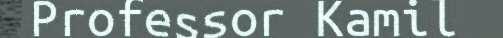
Professor Kamil